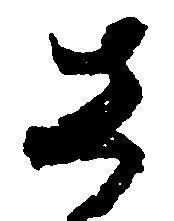
さ